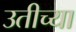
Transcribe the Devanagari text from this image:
उतीच्या